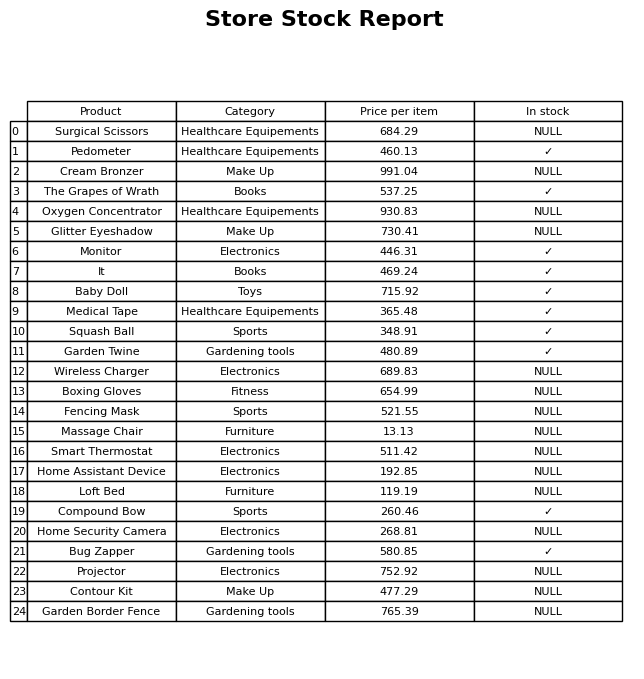
question: What is the price of the Surgical Scissors?
answer: The price of Surgical Scissors is 684.29.